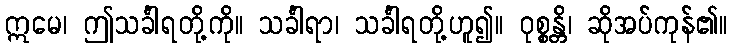
ဣမေ၊ ဤသင်္ခါရတို့ကို။ သင်္ခါရာ၊ သင်္ခါရတို့ဟူ၍။ ဝုစ္စန္တိ၊ ဆိုအပ်ကုန်၏။